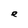
Character: e